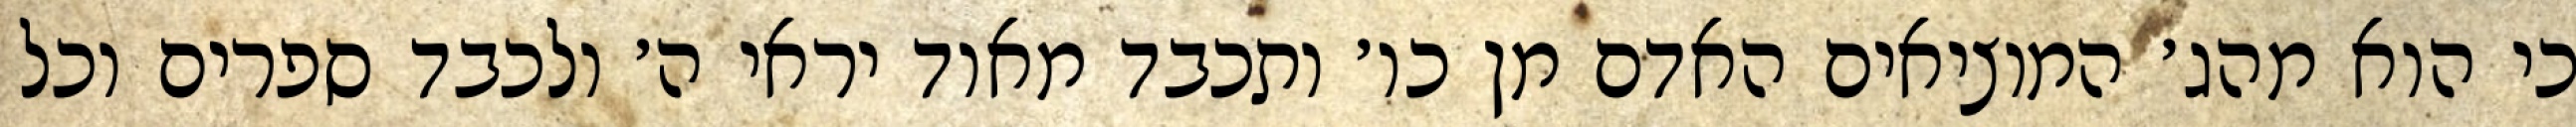
כי הוא מהג׳ המוציאים האדם מן כו׳ ותכבד מאוד יראי ה׳ ולכבד ספרים וכל